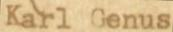
Karl Genus